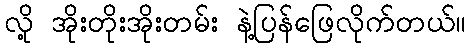
လို့ အိုးတိုးအိုးတမ်း နဲ့ပြန်ဖြေလိုက်တယ်။